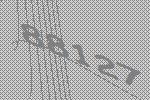
88127